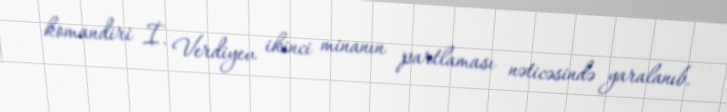
komandiri İ. Verdiyev ikinci minanın partlaması nəticəsində yaralanıb.